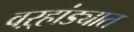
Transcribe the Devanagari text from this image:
वऱ्हांड्यात